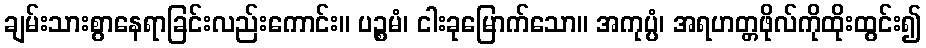
ချမ်းသားစွာနေရာခြင်းလည်းကောင်း။ ပဉ္စမံ၊ ငါးခုမြောက်သော။ အကုပ္ပံ၊ အရဟတ္တဖိုလ်ကိုထိုးထွင်း၍